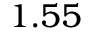
1 . 5 5